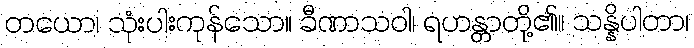
တယော၊ သုံးပါးကုန်သော။ ခီဏာသဝါ၊ ရဟန္တာတို့၏။ သန္နိပါတာ၊